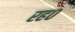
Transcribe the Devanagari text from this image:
रह०